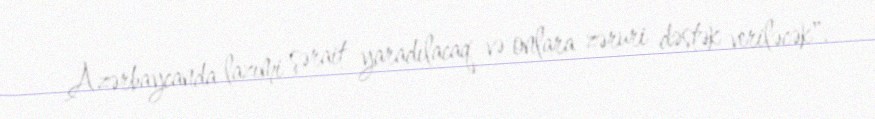
Azərbaycanda lazımi şərait yaradılacaq və onlara zəruri dəstək veriləcək".